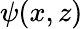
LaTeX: \psi(x,z)